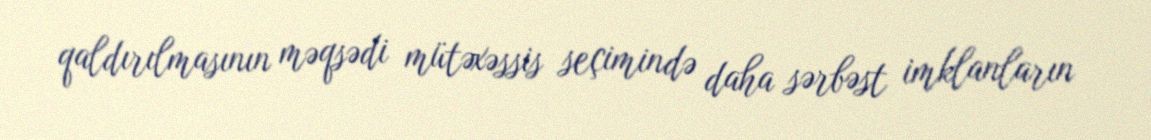
qaldırılmasının məqsədi mütəxəssis seçimində daha sərbəst imklanların